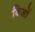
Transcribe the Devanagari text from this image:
बिजों